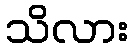
သိလား